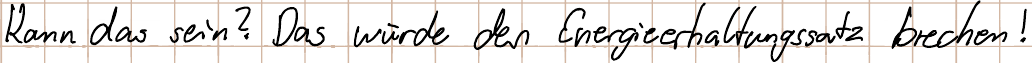
Kann das sein? Das würde den Energieerhaltungssatz brechen!